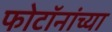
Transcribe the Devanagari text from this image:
फोटॉनांच्या